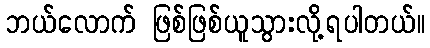
ဘယ်လောက် ဖြစ်ဖြစ်ယူသွားလို့ရပါတယ်။